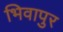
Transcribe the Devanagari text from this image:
भिवापुर